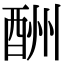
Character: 酬